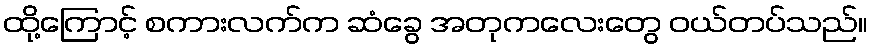
ထို့ကြောင့် စကားလက်က ဆံခွေ အတုကလေးတွေ ဝယ်တပ်သည်။